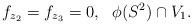
LaTeX: \begin{align*}f_{z_2}=f_{z_3}=0,~ ~\phi(S^2)\cap V_1.\end{align*}